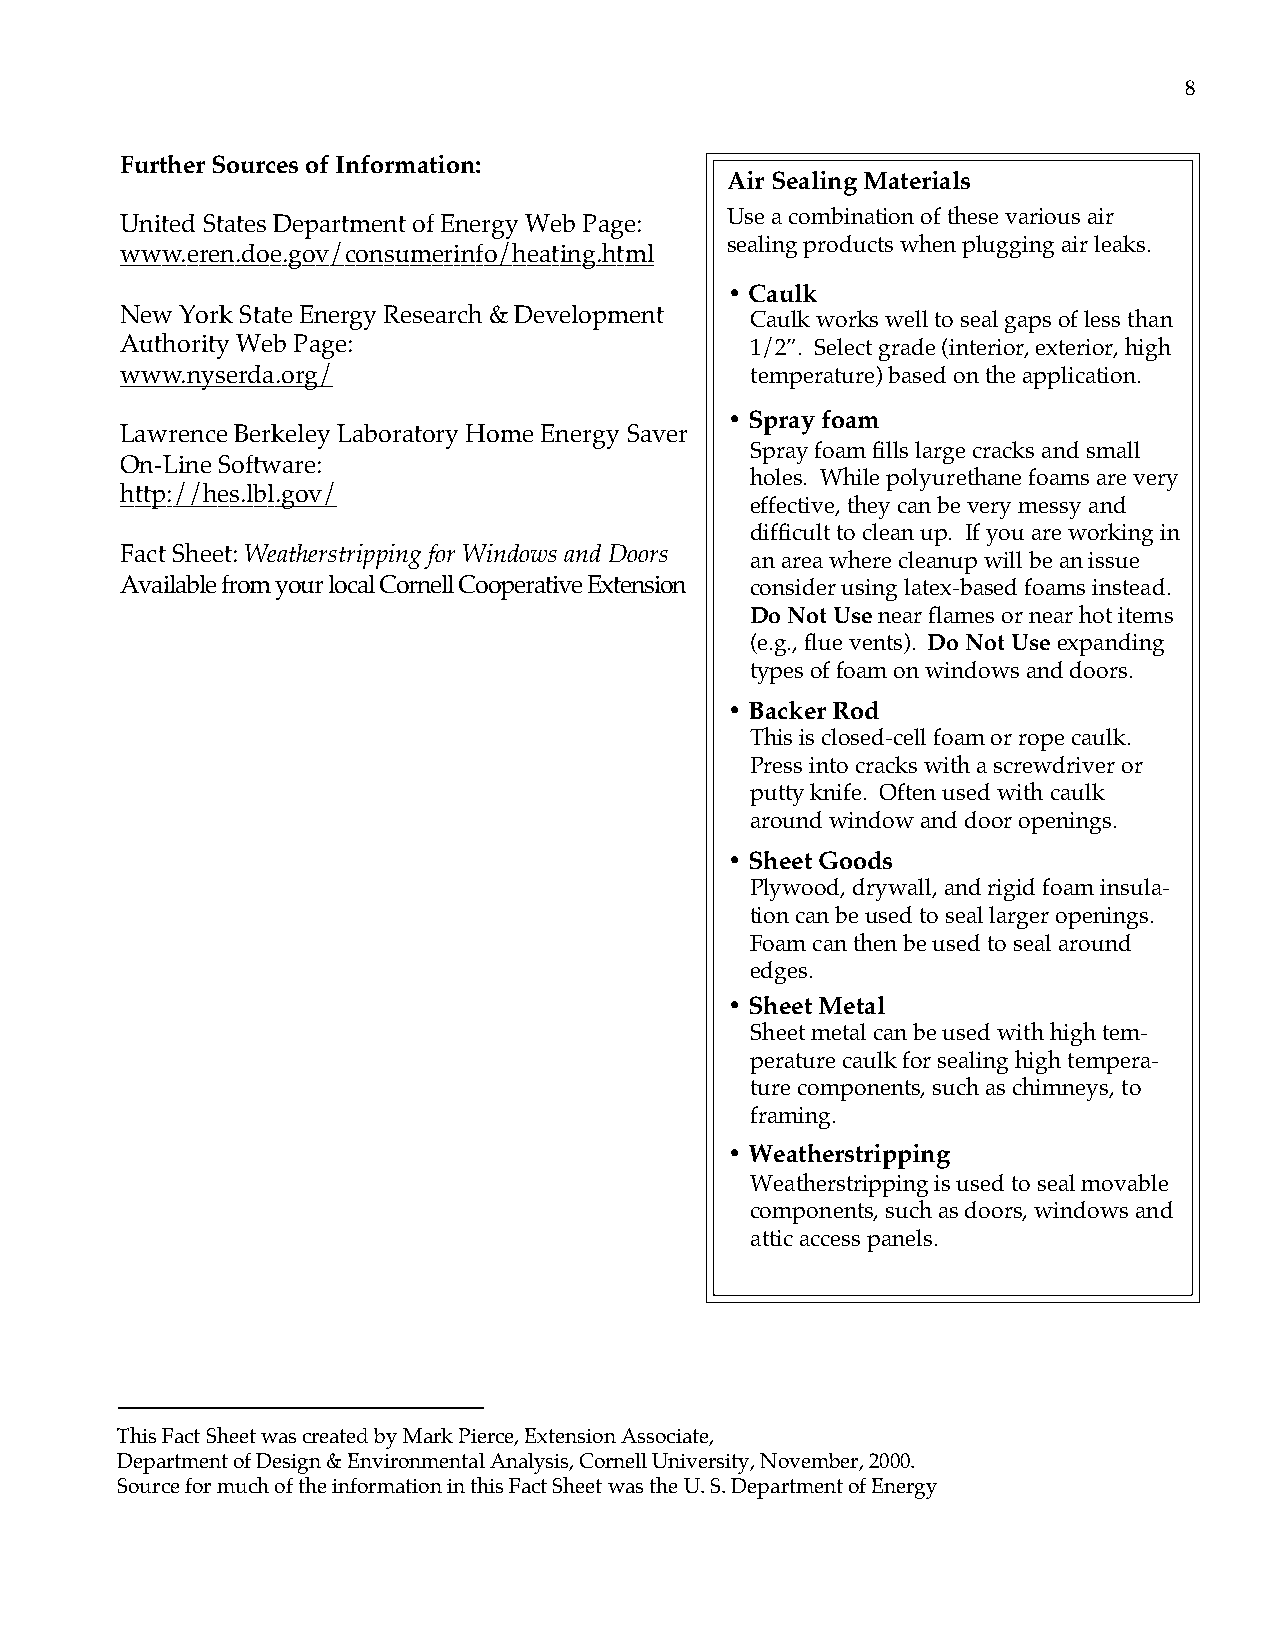
8
 Further Sources of Information:
 Air Sealing Materials
 Use a combination of these various air
 United States Department of Energy Web Page:
 sealing products when plugging air leaks.
 www.eren.doe.gov/consumerinfo/heating.html
 • Caulk
 New York State Energy Research & Development Caulk works well to seal gaps of less than
 Authority Web Page:                       1/2”. Select grade (interior, exterior, high
 www.nyserda.org/                          temperature) based on the application.
 • Spray foam
 Lawrence Berkeley Laboratory Home Energy Saver
 Spray foam fills large cracks and small
 On-Line Software:
 holes. While polyurethane foams are very
 http://hes.lbl.gov/
 effective, they can be very messy and
 difficult to clean up. If you are working in
 Fact Sheet: Weatherstripping for Windows and Doors
 an area where cleanup will be an issue
 Available from your local Cornell Cooperative Extension consider using latex-based foams instead.
 Do Not Use near flames or near hot items
 (e.g., flue vents). Do Not Use expanding
 types of foam on windows and doors.
 • Backer Rod
 This is closed-cell foam or rope caulk.
 Press into cracks with a screwdriver or
 putty knife. Often used with caulk
 around window and door openings.
 • Sheet Goods
 Plywood, drywall, and rigid foam insula-
 tion can be used to seal larger openings.
 Foam can then be used to seal around
 edges.
 • Sheet Metal
 Sheet metal can be used with high tem-
 perature caulk for sealing high tempera-
 ture components, such as chimneys, to
 framing.
 • Weatherstripping
 Weatherstripping is used to seal movable
 components, such as doors, windows and
 attic access panels.
 This Fact Sheet was created by Mark Pierce, Extension Associate,
 Department of Design & Environmental Analysis, Cornell University, November, 2000.
 Source for much of the information in this Fact Sheet was the U. S. Department of Energy